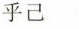
乎己